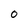
Character: 0